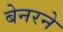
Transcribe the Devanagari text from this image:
बेनरने